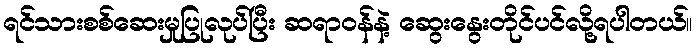
ရင်သားစစ်ဆေးမှုပြုလုပ်ပြီး ဆရာဝန်နဲ့ ဆွေးနွေးတိုင်ပင်လို့ရပါတယ်။